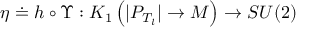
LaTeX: \eta \doteq h \circ \Upsilon : K _ { 1 } \left( | P _ { T _ { l } } | \rightarrow { M } \right) \rightarrow S U ( 2 )